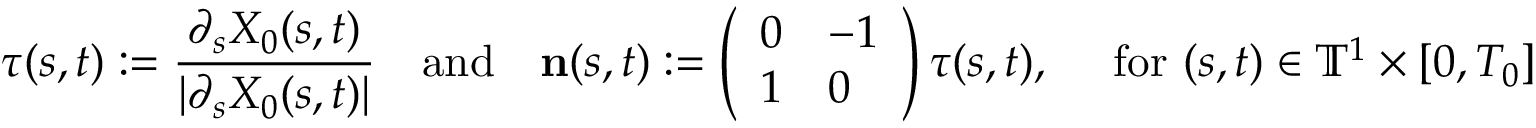
{ \boldsymbol { \tau } } ( s , t ) : = \frac { \partial _ { s } X _ { 0 } ( s , t ) } { | \partial _ { s } X _ { 0 } ( s , t ) | } \quad \mathrm { a n d } \quad \mathbf { n } ( s , t ) : = \left( \begin{array} { l l } { 0 } & { - 1 } \\ { 1 } & { 0 } \end{array} \right) { \boldsymbol { \tau } } ( s , t ) , \quad \mathrm { ~ f o r ~ } ( s , t ) \in \ensuremath { \mathbb { T } } ^ { 1 } \times [ 0 , T _ { 0 } ]